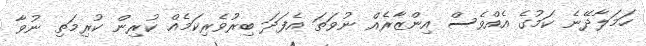
ހަމަލާދޭނެ ކަމުގެ އެއްވެސް އިންޒާރެއް ނުވަތަ އެފަދަ ބިރުވެރިކަމެއް ކުރިން ކުރިމަތި ނުވާ